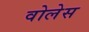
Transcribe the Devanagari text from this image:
वोलेस